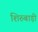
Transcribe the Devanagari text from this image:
शिरुबाड़ी